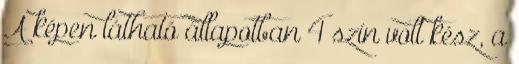
A képen látható állapotban 4 szín volt kész, a